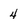
Character: 4